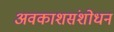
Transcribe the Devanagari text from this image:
अवकाशसंशोधन